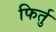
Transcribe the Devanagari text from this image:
फिर्तु